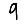
Digit: 9